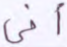
أنى